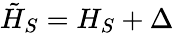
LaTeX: {\tilde{H}}_{S}=H_{S}+\Delta